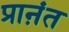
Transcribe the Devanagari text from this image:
प्राऩंत